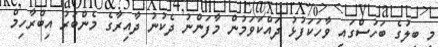
މި ބިލުގެ ބަހުސްގައި ވާހަކަފުޅު ދައްކަވަމުން މާފަންނު ދެކުނު ދާއިރާގެ މެންބަރު އިބްރާހިމް